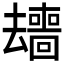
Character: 𱑰